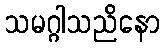
သမဂ္ဂါသညိနော